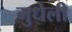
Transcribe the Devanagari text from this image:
मुधेली